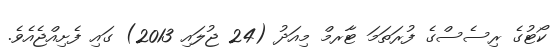
ކޯޓުގެ ރިސެސްގެ ފުރަތަމަ ޓާރމް މިއަދު (24 ޖުލައި 2013) ގައި ފެށިއްޖެއެވެ.